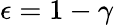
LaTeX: \epsilon=1-\gamma